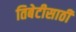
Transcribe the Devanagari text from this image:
तिबेटीसाठी